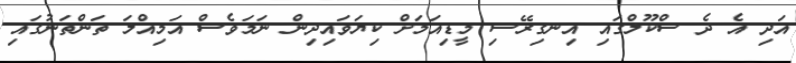
އަދި އެ ދެ ސްކޫލްގައި އިނގިރޭސި މީޑިއަމަށް ކިޔަވައިދިން ނަމަވެސް އަމިއްލަ ތަންތަނުގައި